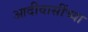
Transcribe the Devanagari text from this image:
आदीवासींच्या